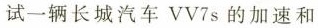
试一辆长城汽车VV7s的加速和